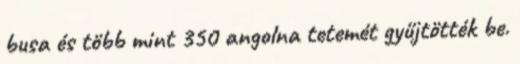
busa és több mint 350 angolna tetemét gyűjtötték be.